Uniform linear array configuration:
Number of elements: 8
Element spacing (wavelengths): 0.5
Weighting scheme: exponential
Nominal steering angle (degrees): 15
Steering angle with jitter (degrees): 15.718
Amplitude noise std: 0.05
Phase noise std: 0.05

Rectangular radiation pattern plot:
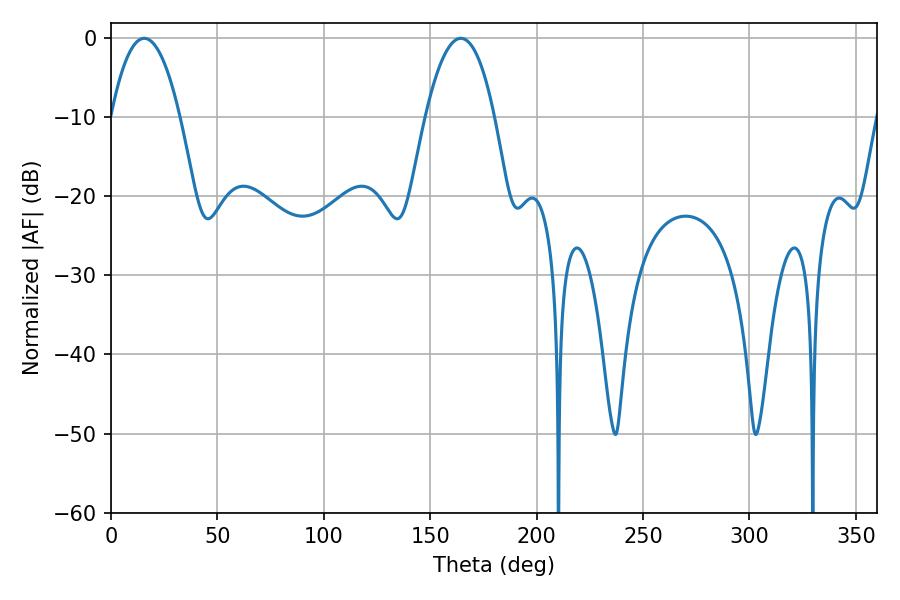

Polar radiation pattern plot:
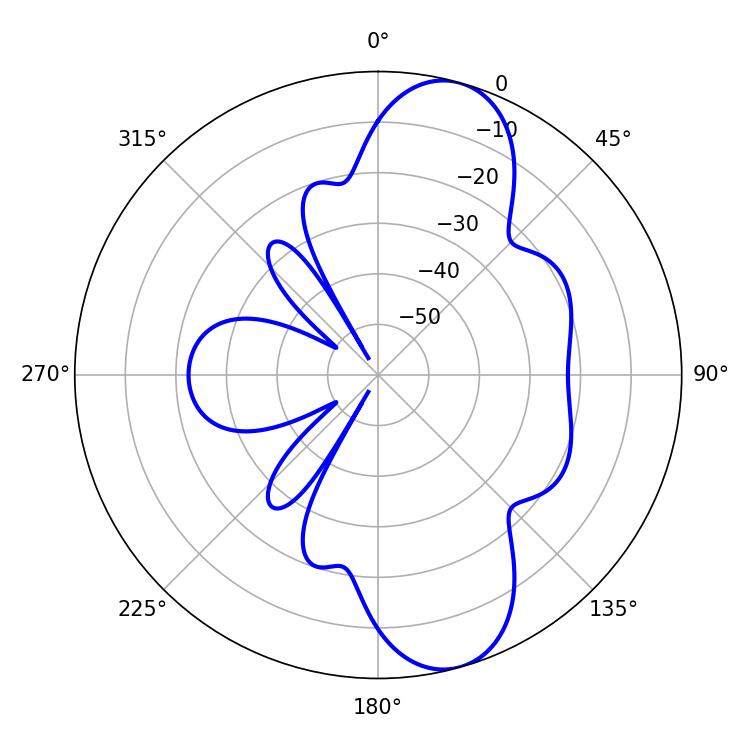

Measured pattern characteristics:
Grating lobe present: FALSE
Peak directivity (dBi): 10.193
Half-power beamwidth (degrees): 18
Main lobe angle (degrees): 15.66